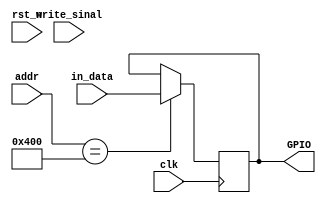
module GPIOReg
(
    input                   clk, 
    input                   rst_n,
    input                   write_sinal,
    input     [31:0]        addr,
    input     [31:0]        in_data,

    output    [31:0]        GPIO
);

reg           [31:0]         GPIO_reg;

always @(posedge clk)
begin
    case (addr)
            32'd1024 : GPIO_reg <= in_data;
            default  : ;
    endcase
    // else begin
    // GPIO_reg <= in_data;
    //     if(write_sinal) begin
    //         case (addr)
    //             32'd1024 : GPIO_reg <= in_data;
    //             default  : GPIO_reg <= in_data;
    //         endcase
    //     end
    // end
end

assign GPIO = GPIO_reg;

endmodule